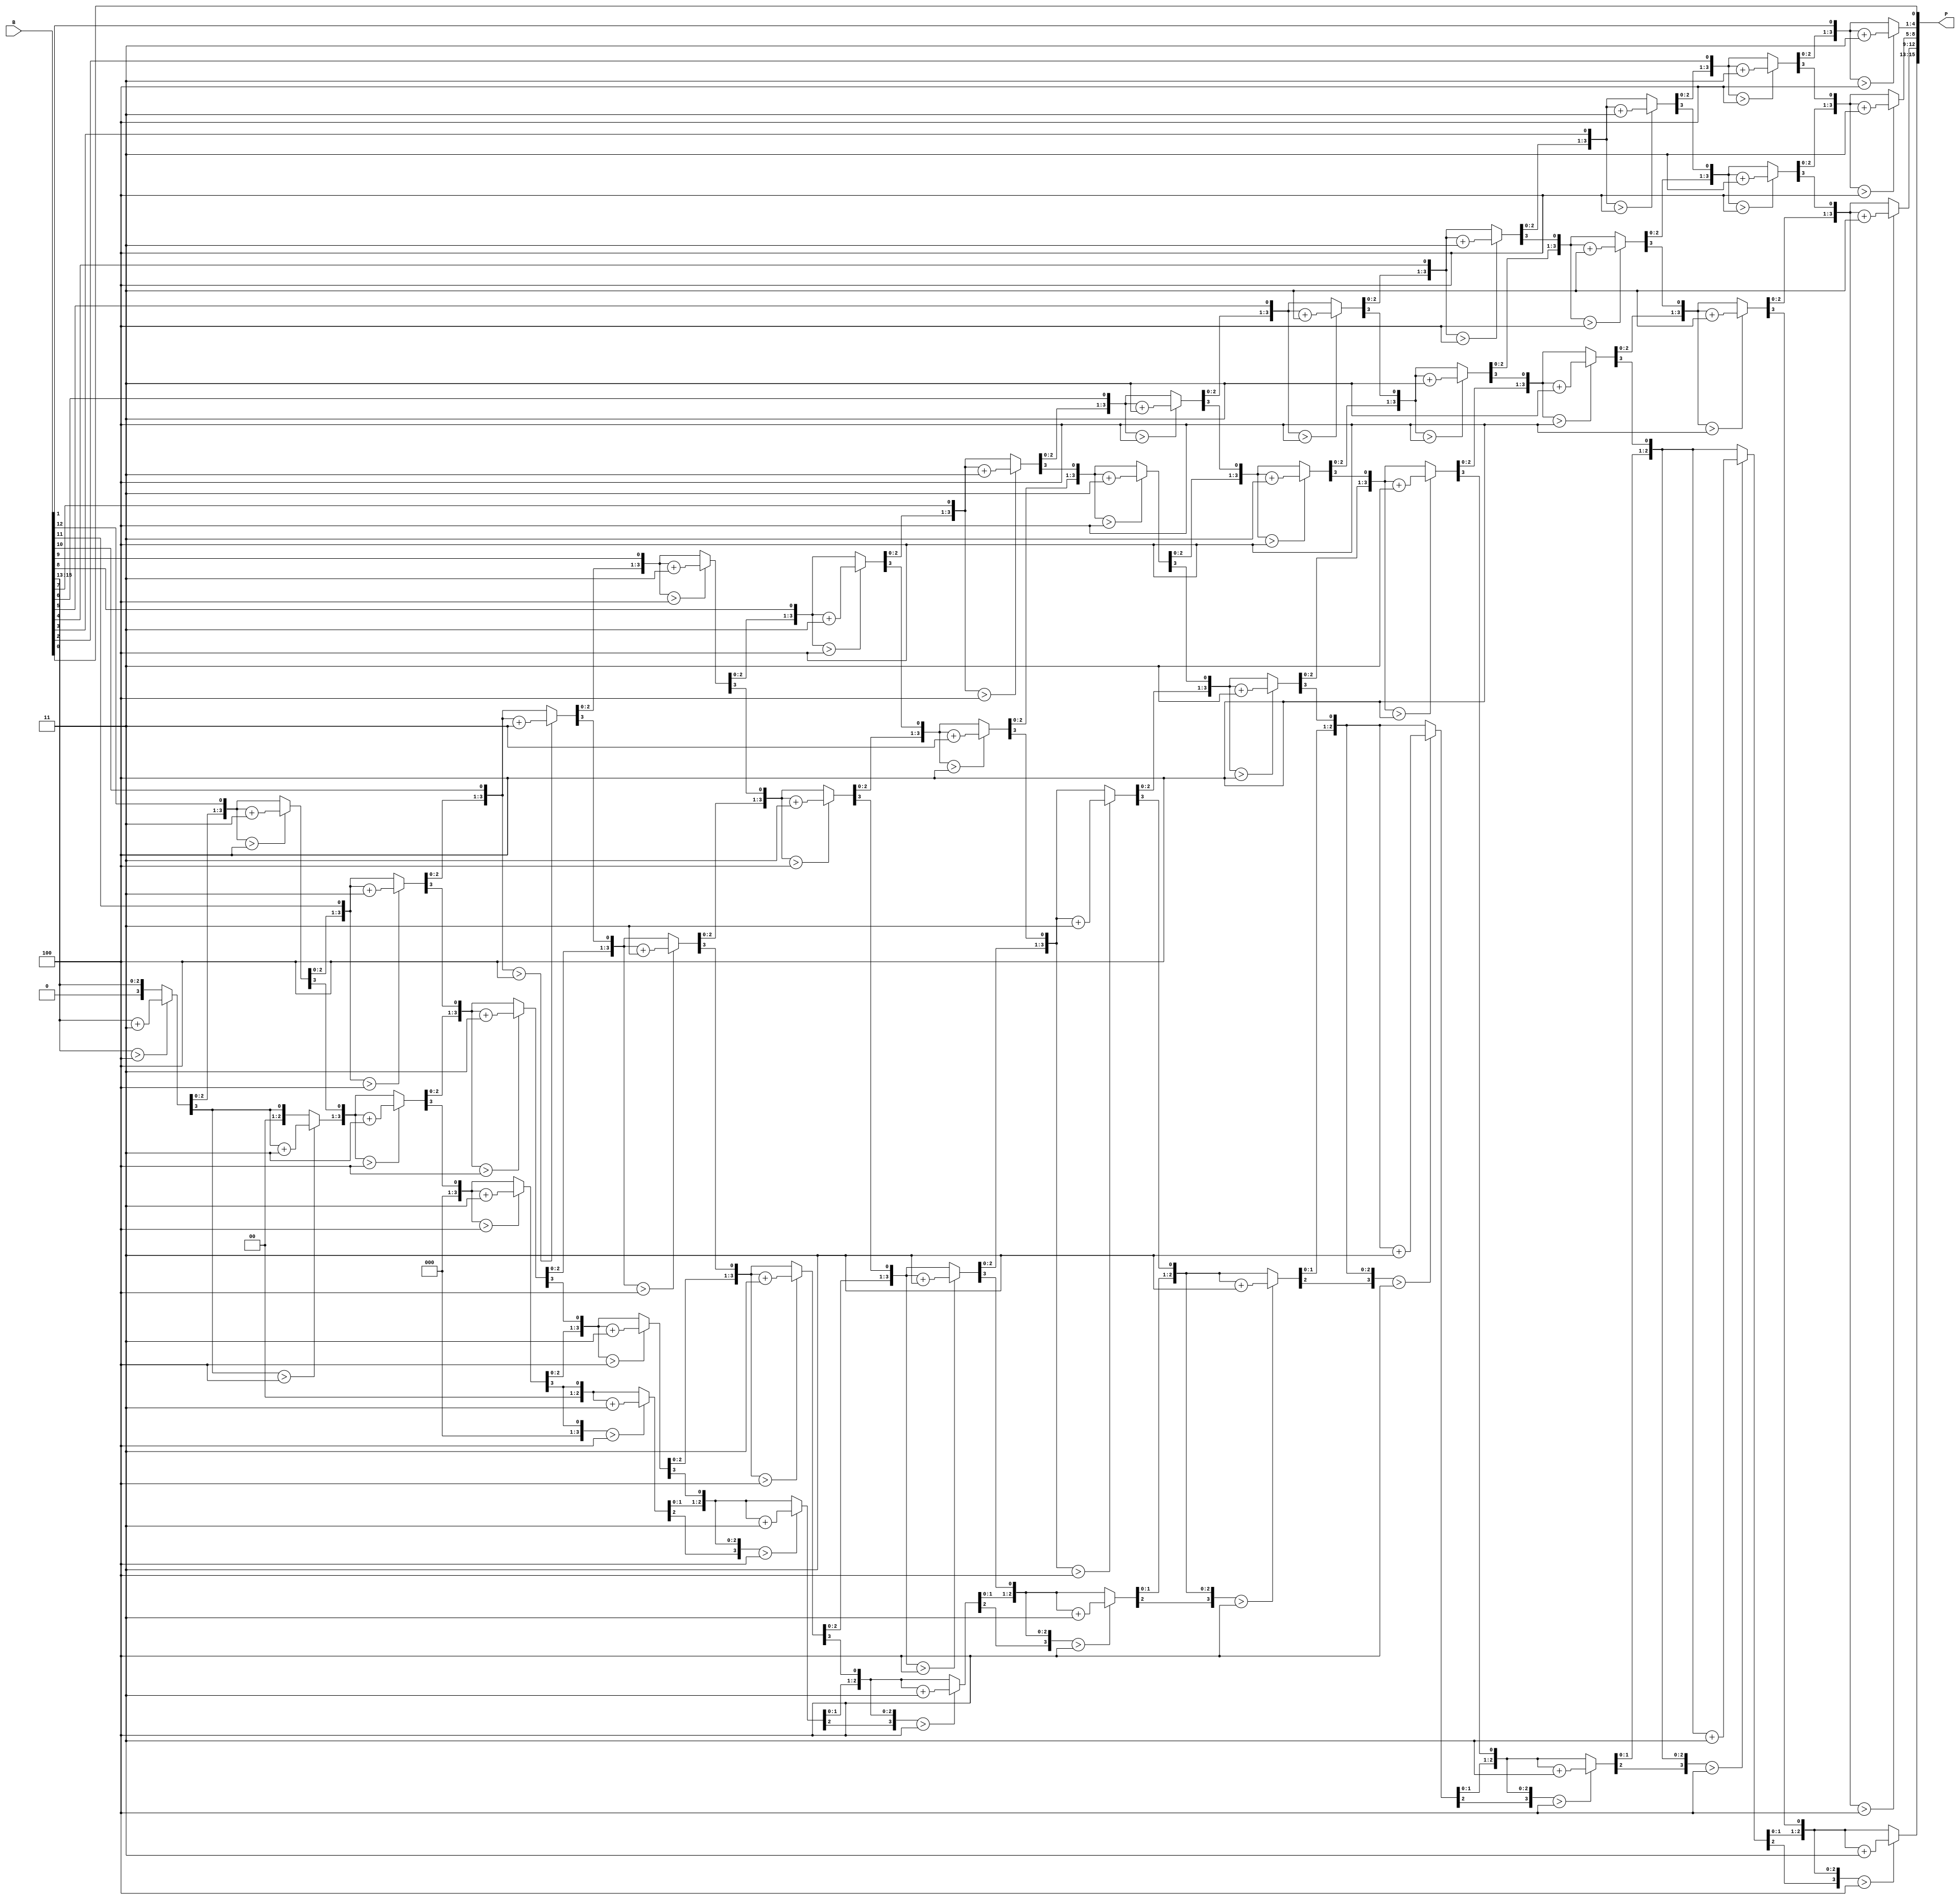
  module binbcd16(B,P);
	input [15:0] B;
	output [15:0] P;

	reg [15:0] P;
	reg [31:0] z;
	integer i;
  
  always @(B)
  begin
    for(i = 0; i <= 31; i = i+1)
	z[i] = 0;
    z[18:3] = B;

    for(i = 0; i <= 12; i = i+1)
    begin
	if(z[19:16] > 4)	
		z[19:16] = z[19:16] + 3;
	if(z[23:20] > 4) 	
		z[23:20] = z[23:20] + 3;
	if(z[27:24] > 4) 	
		z[27:24] = z[27:24] + 3;
	if(z[31:28] > 4) 	
		z[31:28] = z[31:28] + 3;
	z[31:1] = z[30:0];
    end      
    P = z[31:16];	
  end             
endmodule